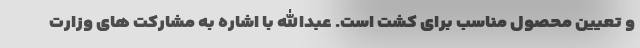
و تعیین محصول مناسب برای کشت است. عبدالله با اشاره به مشارکت های وزارت